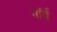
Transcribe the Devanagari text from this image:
नाॅर्वे